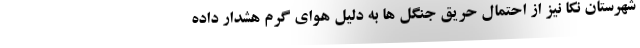
شهرستان نکا نیز از احتمال حریق جنگل ها به دلیل هوای گرم هشدار داده